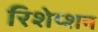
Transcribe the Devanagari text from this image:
रिशेप्शन